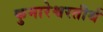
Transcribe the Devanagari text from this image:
कुमारेश्वरतीर्थ